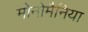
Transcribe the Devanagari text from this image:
मोनोमैनिया